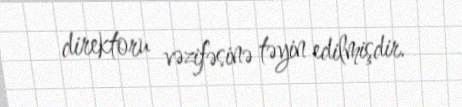
direktoru vəzifəsinə təyin edilmişdir.